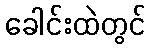
ခေါင်းထဲတွင်